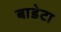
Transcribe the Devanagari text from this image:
बाडेटा